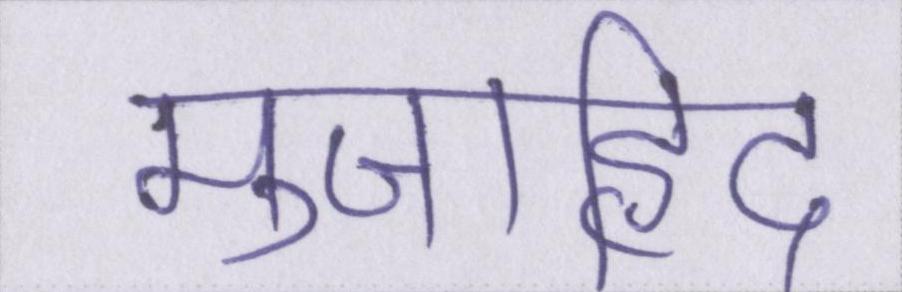
मुजाहिद